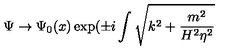
\Psi \rightarrow \Psi _ { 0 } ( x ) \exp ( \pm i \int \sqrt { k ^ { 2 } + \frac { m ^ { 2 } } { H ^ { 2 } \eta ^ { 2 } } }